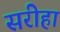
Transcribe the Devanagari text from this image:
सरीहा